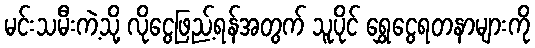
မင်းသမီးကဲ့သို့ လိုငွေဖြည့်ရန်အတွက် သူပိုင် ရွှေငွေရတနာများကို